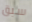
سبق